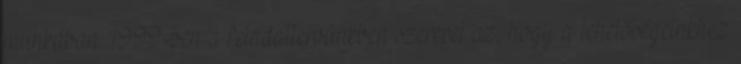
munkában. 1999-ben a feladattervünkben szerepel az, hogy a lehetőségeinkhez